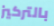
بالتركيز